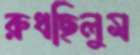
রুধছিলুম